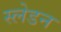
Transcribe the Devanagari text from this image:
स्लेडन